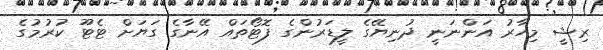
ރިޝީ މިހާރު އަންނަނީ ދުނިޔޭގެ ލީޑަރުންގެ ފޮޓޯތައް އޭނާގެ ގަޔަށް ޓެޓޫ ކުރުމުގެ